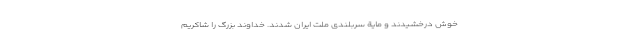
خوش‌ درخشیدند و مایة سربلندی ملّت ایران شدند. خداوندِ بزرگ را شاکریم